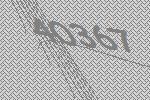
40367